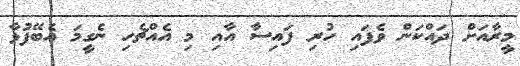
މީރާއަށް ދައްކަން ވެފައި ހުރި ފައިސާ އާއި މި އެއްޗެހި ނެގީމަ އެބޭފުޅާ